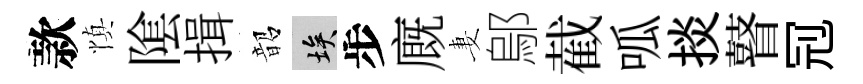
款慎隂揖韶埃步廐妻鄔截呱掞瞽𠜍